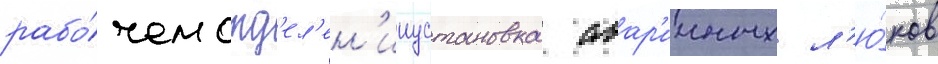
рабо́чем отд'ел'ен'ииустановка авар'ииных л'ю́ков